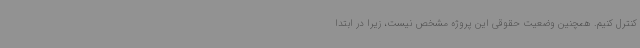
کنترل کنیم. همچنین وضعیت حقوقی این پروژه مشخص نیست، زیرا در ابتدا